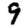
Digit: 9